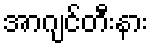
အာဂျင်တီးနား